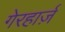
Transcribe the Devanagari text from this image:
गेरहार्ज़